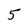
Character: 5